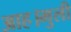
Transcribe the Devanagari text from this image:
आह।मुली